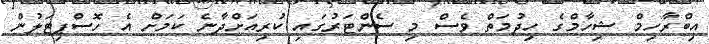
އިބްރާހިމް ޝިހާމްގެ ހިދުމަތް ވެސް މި ސެންޓަރުގައި ކުރިއަށްދާނެ ކަމަށް އެ ހޮސްޕިޓަލުން